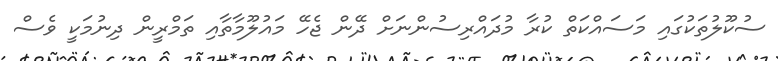
ސުކޫލުތަކުގައި މަސައްކަތް ކުރާ މުދައްރިސުންނަށް ދޭން ޖެހޭ މައުލޫމާތާއި ތަމްރީން ދިނުމަކީ ވެސް